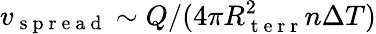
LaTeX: v_{\mathrm{~s~p~r~e~a~d~}}\sim Q/(4\pi R_{\mathrm{~t~e~r~r~}}^{2}n\Delta T)